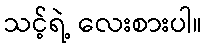
သင့်ရဲ့ လေးစားပါ။